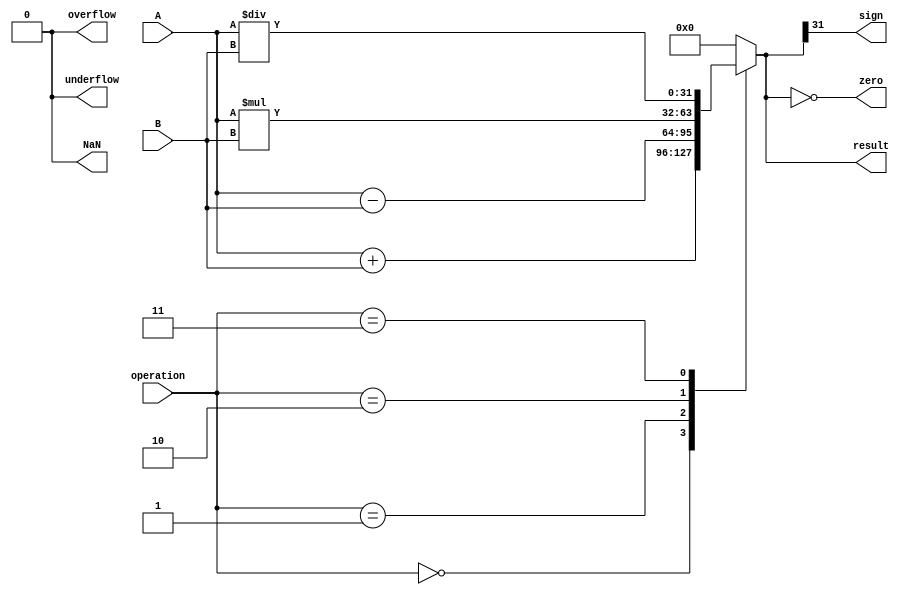
module floating_point_ALU(
    input wire [31:0] A,
    input wire [31:0] B,
    input wire [2:0] operation,
    output reg [31:0] result,
    output reg zero,
    output reg sign,
    output reg overflow,
    output reg underflow,
    output reg NaN
);

// Floating point ALU operations
parameter ADD = 3'b000;
parameter SUB = 3'b001;
parameter MUL = 3'b010;
parameter DIV = 3'b011;

always @(*)
begin
    zero = (result == 32'b0);
    sign = (result[31] == 1'b1);
    overflow = 1'b0;
    underflow = 1'b0;
    NaN = 1'b0;
    
    case(operation)
        ADD: result = A + B;
        SUB: result = A - B;
        MUL: result = A * B;
        DIV: result = A / B;
        default: result = 32'b0;
    endcase
end

endmodule